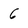
Character: 6